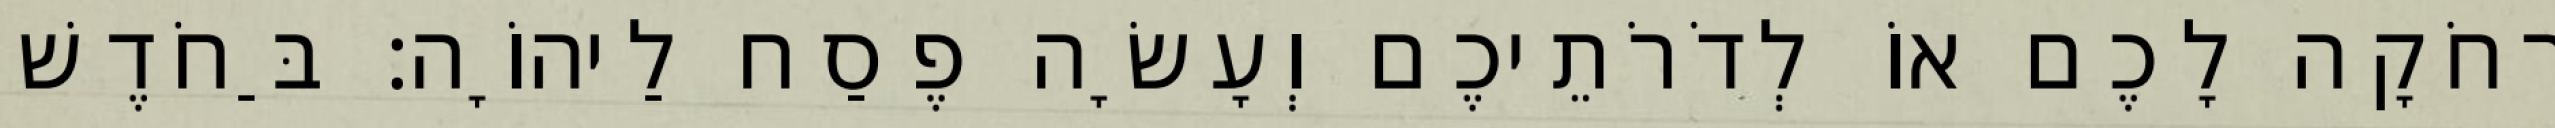
רְחֹקָה לָכֶם אוֹ לְדֹרֹתֵיכֶם וְעָשָׂה פֶסַח לַיהוָֹה׃ בַּחֹדֶשׁ